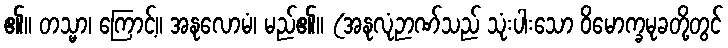
၏။ တသ္မာ၊ ကြောင့်။ အနုလောမံ၊ မည်၏။ (အနုလုံဉာဏ်သည် သုံးပါးသော ဝိမောက္ခမုခတို့တွင်